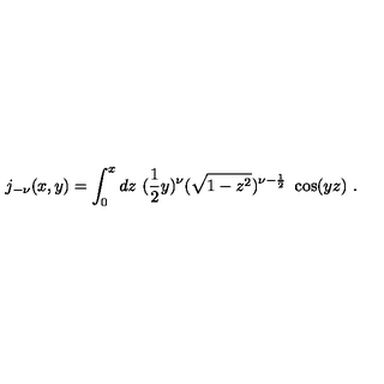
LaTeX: j _ { - \nu } ( x , y ) = \int _ { 0 } ^ { x } d z \ ( \frac { 1 } { 2 } y ) ^ { \nu } ( \sqrt { 1 - z ^ { 2 } } ) ^ { \nu - \frac { 1 } { 2 } } \ \cos ( y z ) \ .